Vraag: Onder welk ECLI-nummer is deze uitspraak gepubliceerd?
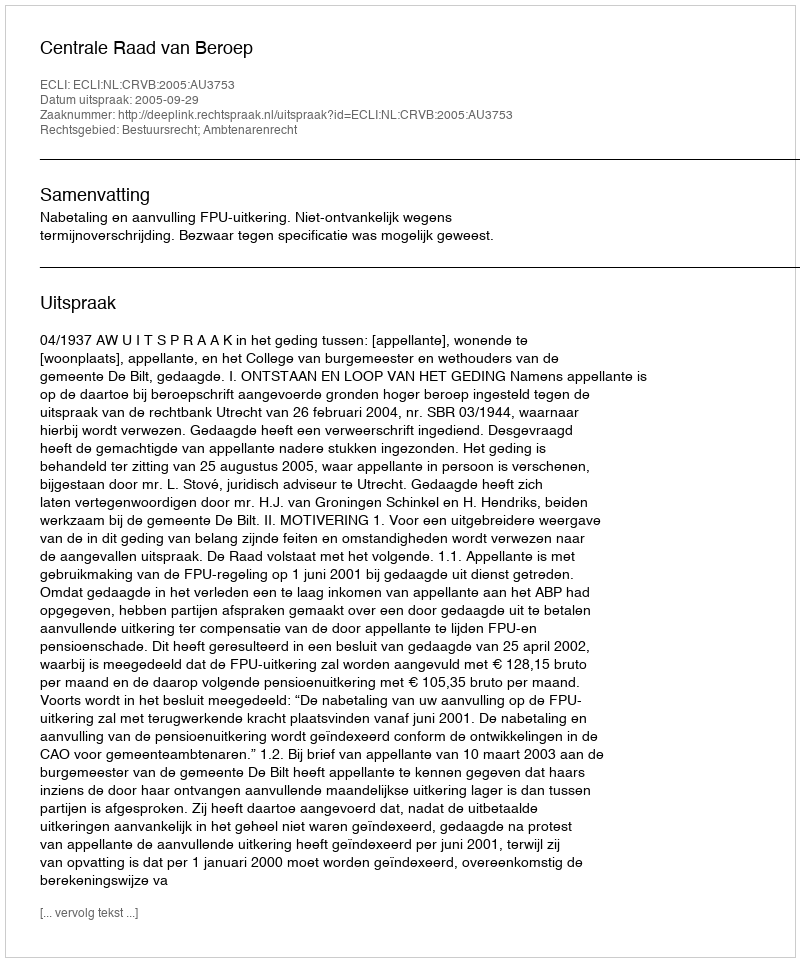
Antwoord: ECLI:NL:CRVB:2005:AU3753